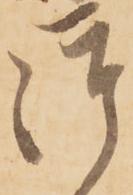
御